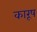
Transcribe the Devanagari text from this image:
कारूष